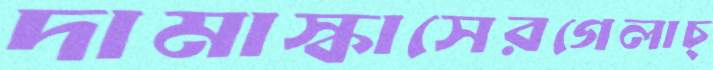
দামাস্কাসেরগেলাচ্